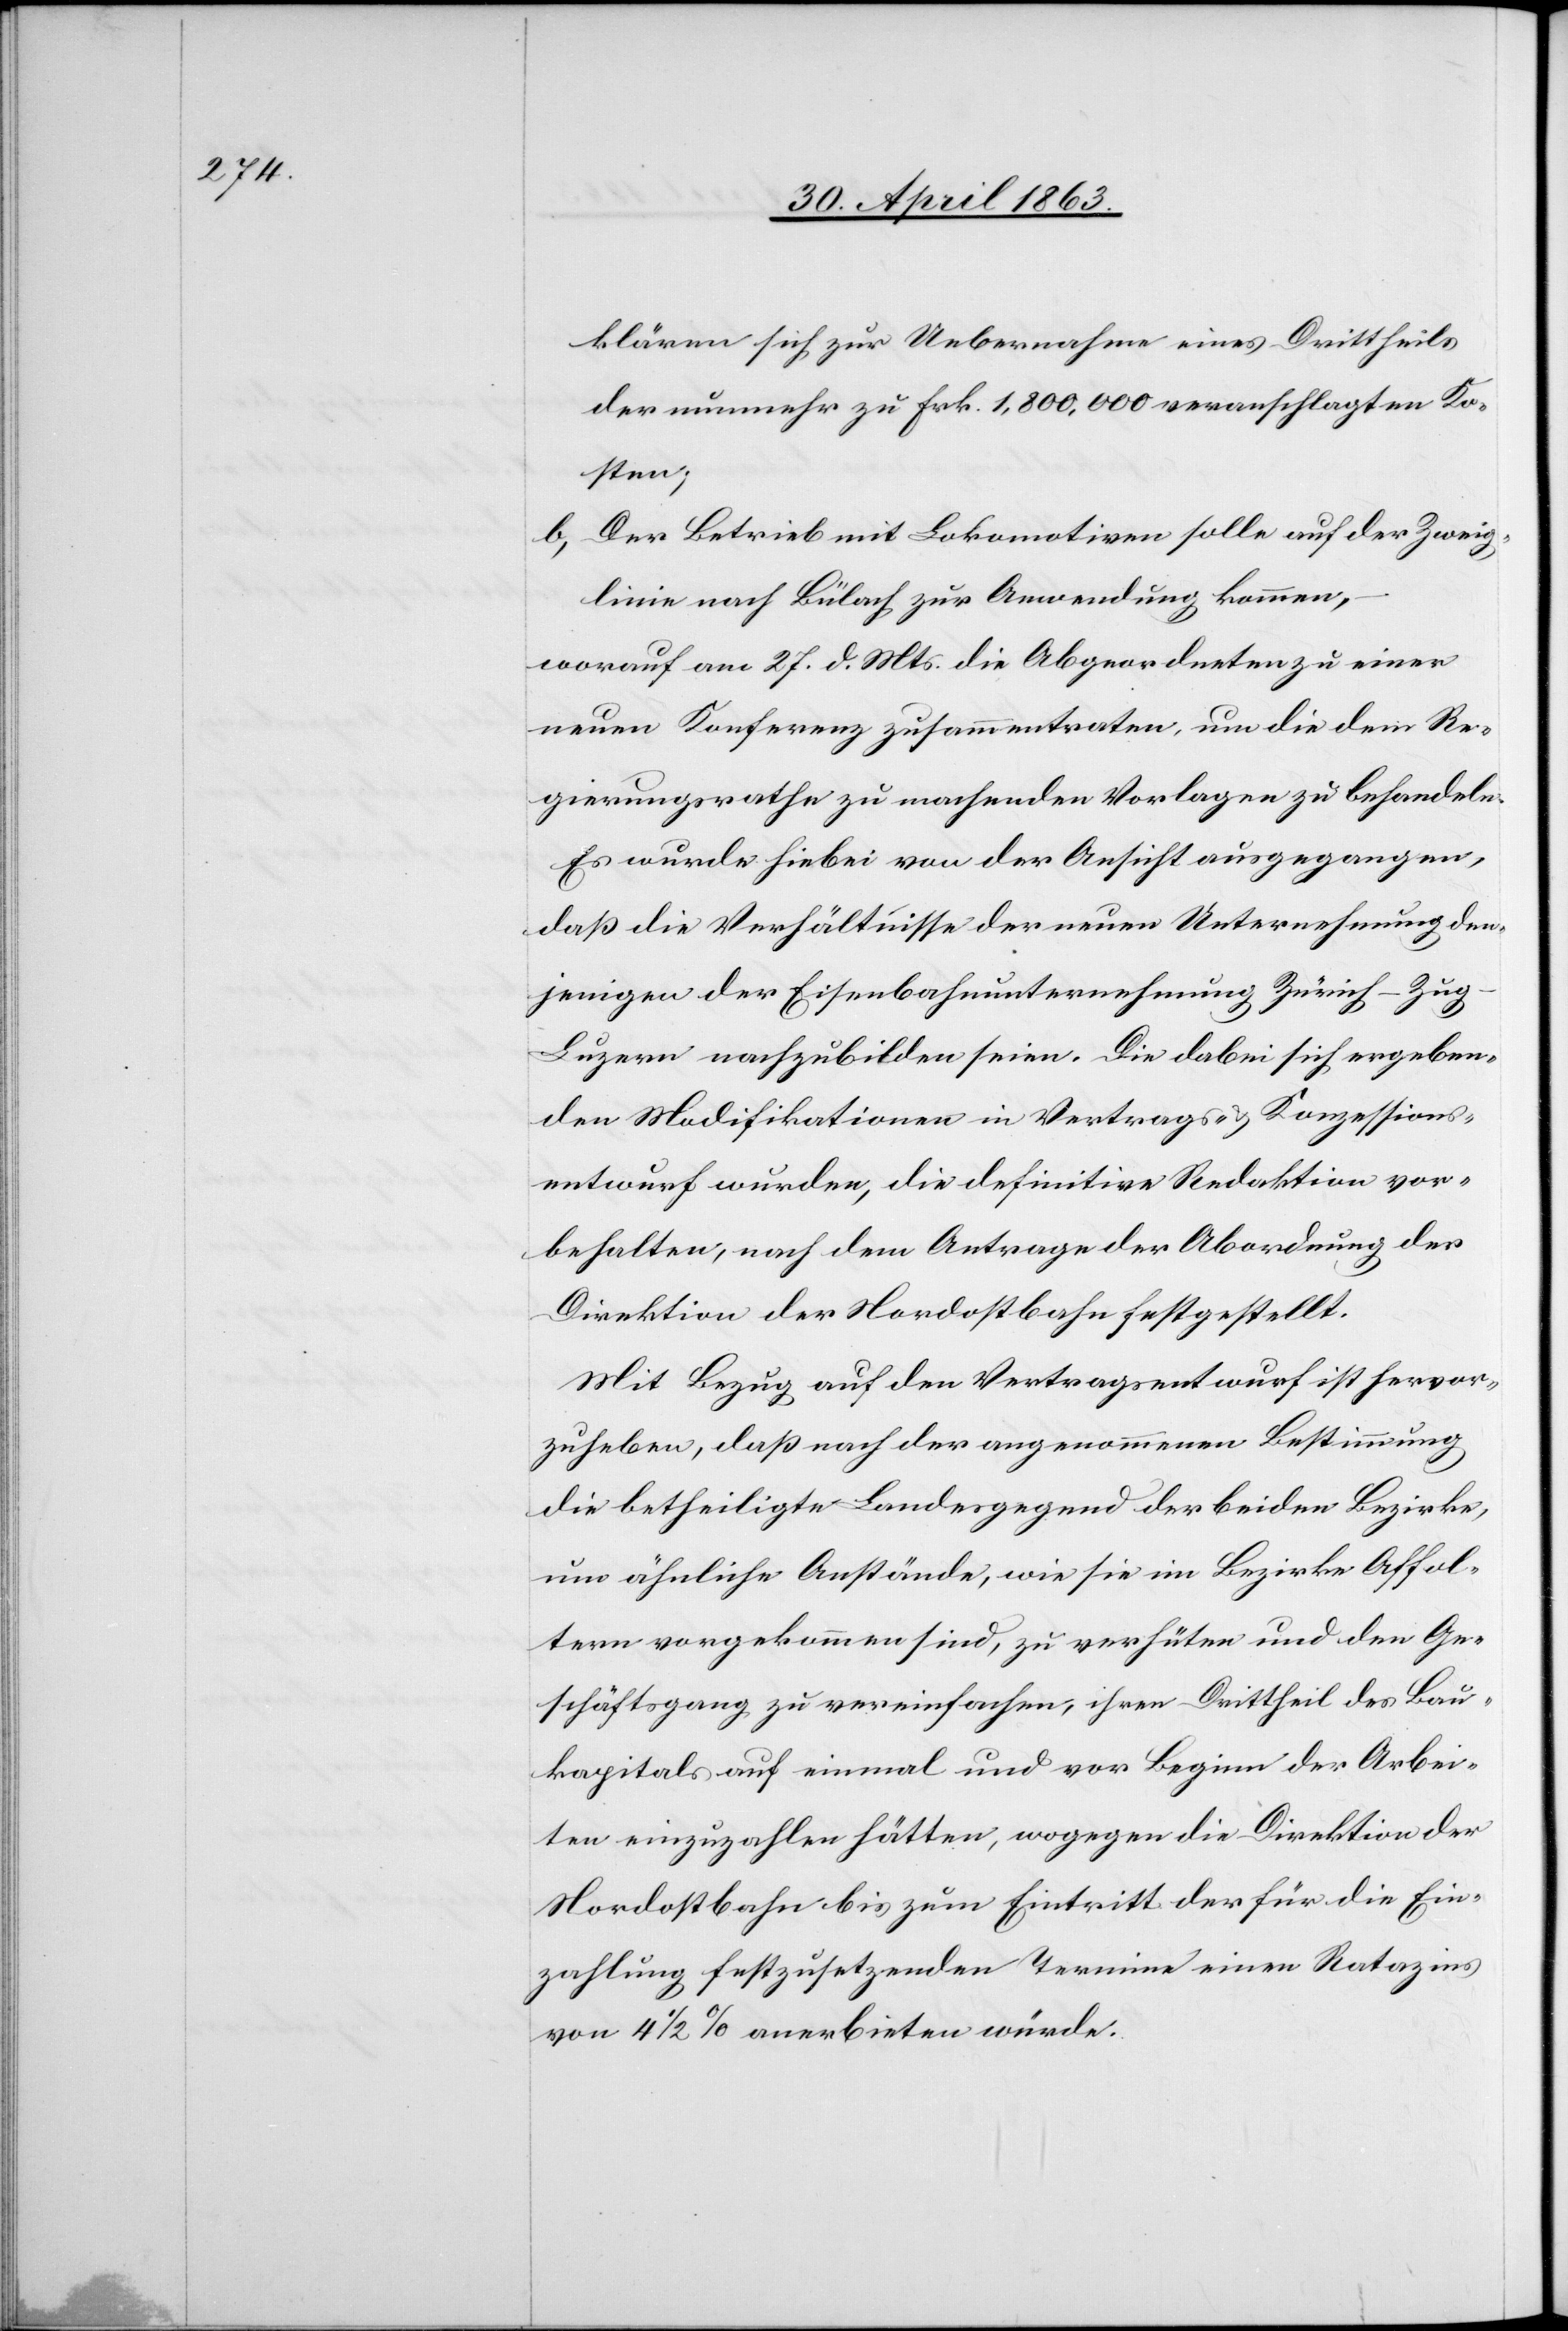
klären sich zur Uebernahme eines Drittheils
der nunmehr zu Frk. 1,800,000 veranschlagten Ko¬
sten;
b) Der Betrieb mit Lokomotiven solle auf der Zweig¬
linie nach Bülach zur Anwendung kommen,
worauf am 27. d. Mts. die Abgeordneten zu einer
neuen Konferenz zusammentraten, um die dem Re¬
gierungsrathe zu machenden Vorlagen zu behandeln.
Es wurde hiebei von der Ansicht ausgegangen,
daß die Verhältnisse der neuen Unternehmung den¬
jenigen der Eisenbahnunternehmung Zürich–Zu¬
g–Luzern nachzubilden seien. Die dabei sich ergeben¬
den Modifikationen in Vertrags- & Konzessions¬
entwurf wurden, die definitive Redaktion vor¬
behalten, nach dem Antrage der Abordnung der
Direktion der Nordostbahn festgestellt.
Mit Bezug auf den Vertragsentwurf ist hervor¬
zuheben, daß nach der angenommenen Bestimmung
die betheiligte Landesgegend der beiden Bezirke,
um ähnliche Anstände, wie sie im Bezirke Affol¬
tern vorgekommen sind, zu verhüten und den Ge¬
schäftsgang zu vereinfachen, ihren Drittheil des Bau¬
kapitals auf einmal und vor Beginn der Arbei¬
ten einzuzahlen hätten, wogegen die Direktion der
Nordostbahn bis zum Eintritt der für die Ein¬
zahlung festzusetzenden Termine einen Ratazins
von 4 1/2 % anerbieten würde.